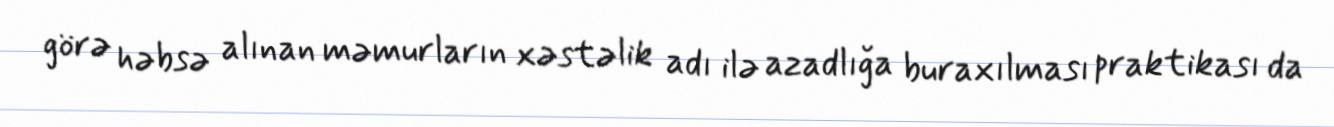
görə həbsə alınan məmurların xəstəlik adı ilə azadlığa buraxılması praktikası da